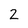
Character: 2